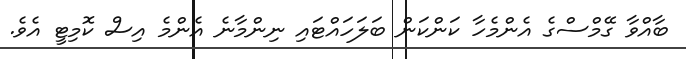
ބާއްވާ ގޭމްސްގެ އެންމެހާ ކަންކަން ބަލަހައްޓައި ނިންމާނެ އެންމެ އިސް ކޮމިޓީ އެވެ.